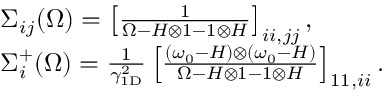
\begin{array} { r l } & { \Sigma _ { i j } ( \Omega ) = \left[ \frac 1 { \Omega - H \otimes 1 - 1 \otimes H } \right] _ { i i , j j } , } \\ & { \Sigma _ { i } ^ { + } ( \Omega ) = \frac { 1 } { \gamma _ { \mathrm { 1 D } } ^ { 2 } } \left[ \frac { ( \omega _ { 0 } - H ) \otimes ( \omega _ { 0 } - H ) } { \Omega - H \otimes 1 - 1 \otimes H } \right] _ { 1 1 , i i } . } \end{array}